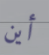
أين